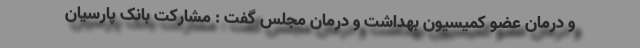
و درمان عضو کمیسیون بهداشت و درمان مجلس گفت : مشارکت بانک پارسیان